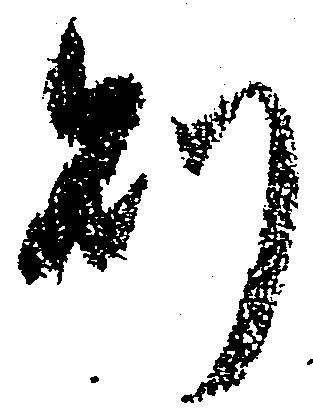
則